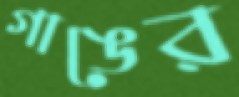
গাঙের